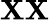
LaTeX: \mathbf{X}\mathbf{X}